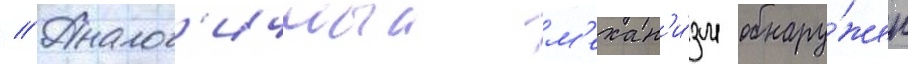
// Аналог'ичныи м'ехан'и́зм обнару́жен